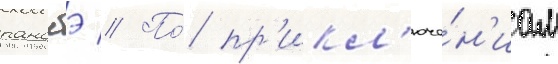
ранобэ // По́ пр'икл'юче́н'иам